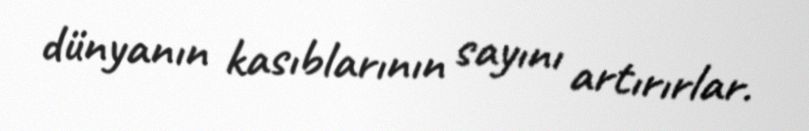
dünyanın kasıblarının sayını artırırlar.